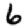
Digit: 6